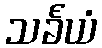
သင်္ခယံ